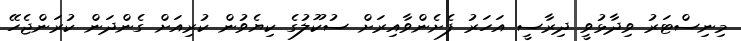
މިނިސްޓަރު ވިދާޅުވީ ދިރާސީ އަހަރު ފެށެންވާއިރަށް ސުކޫލުގެ ކިޔެވުން ކުރިއަށް ގެންދަން ކުރަންޖެހޭ